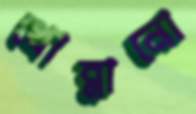
খোব্‌লানো